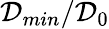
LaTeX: \mathcal{D}_{min}/\mathcal{D}_{0}